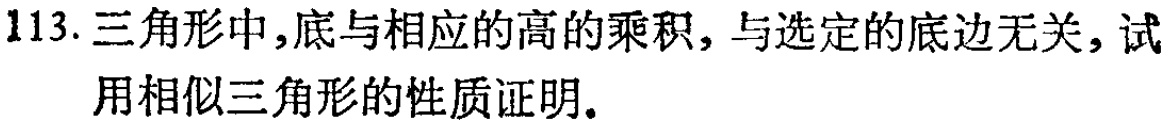
113. 三角形中,底与相应的高的乘积, 与选定的底边无关, 试用相似三角形的性质证明.